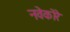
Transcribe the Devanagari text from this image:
नवेकोरे